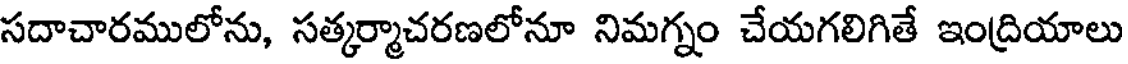
సదాచారములోను, సత్కర్మాచరణలోనూ నిమగ్నం చేయగలిగితే ఇంద్రియాలు